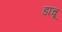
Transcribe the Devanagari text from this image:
डाचू